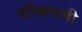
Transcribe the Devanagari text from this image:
परिक्रमाची